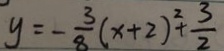
y = - \frac { 3 } { 8 } ( x + 2 ) ^ { 2 } + \frac { 3 } { 2 }